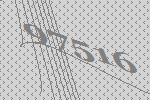
97516